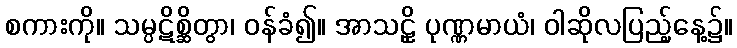
စကားကို။ သမ္ပဋိစ္ဆိတွာ၊ ဝန်ခံ၍။ အာသဠှိ ပုဏ္ဏမာယံ၊ ဝါဆိုလပြည့်နေ့၌။